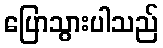
ပြောသွားပါသည်